Annual administration report of the Bombay Presidency - 1887-1892
Year: 1887
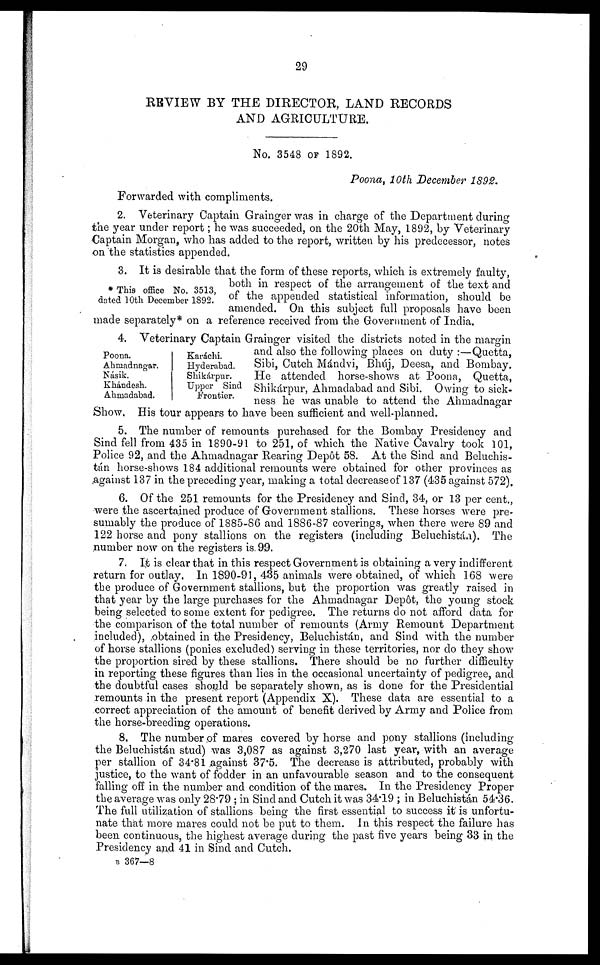
29
REVIEW BY THE DIRECTOR, LAND RECORDS
AND AGRICULTURE.
No. 3548 OF 1892.
Poona, 10th December 1892.
Forwarded with compliments.
2. Veterinary Captain Grainger was in charge of the Department during
the year under report; he was succeeded, on the 20th May, 1892, by Veterinary
Captain Morgan, who has added to the report, written by his predecessor, notes
on the statistics appended.
* This office No. 3513,
dated 10th December 1892.
3. It is desirable that the form of these reports, which is extremely faulty,
both in respect of the arrangement of the text and
of the appended statistical information, should be
amended. On this subject full proposals have been
made separately* on a reference received from the Government of India.
Poona.
Ahmadnagar.
Násik.
Khándesh.
Ahmadabad.
Karachi.
Hyderabad.
Shikárpur.
Upper Sind
Frontier.
4. Veterinary Captain Grainger visited the districts noted in the margin
and also the following places on duty:—Quetta,
Sibi, Cutch Mándvi, Bhúj, Deesa, and Bombay.
He attended horse-shows at Poona, Quetta,
Shikárpur, Ahmadabad and Sibi. Owing to sick-
ness he was unable to attend the Ahmadnagar
Show. His tour appears to have been sufficient and well-planned.
5. The number of remounts purchased for the Bombay Presidency and
Sind fell from 435 in 1890-91 to 251, of which the Native Cavalry took 101,
Police 92, and the Ahmadnagar Rearing Depôt 58. At the Sind and Beluchis-
tán horse-shows 184 additional remounts were obtained for other provinces as
against 137 in the preceding year, making a total decrease of 137 (435 against 572),
6. Of the 251 remounts for the Presidency and Sind, 34, or 13 per cent.,
were the ascertained produce of Government stallions. These horses were pre-
sumably the produce of 1885-86 and 1886-87 coverings, when there were 89 and
122 horse and pony stallions on the registers (including Beluchistán). The
number now on the registers is. 99.
7. It is clear that in this respect Government is obtaining a very indifferent
return for outlay. In 1890-91, 435 animals were obtained, of which 168 were
the produce of Government stallions, but the proportion was greatly raised in
that year by the large purchases for the Ahmadnagar Depôt, the young stock
being selected to some extent for pedigree. The returns do not afford data for
the comparison of the total number of remounts (Army Remount Department
included), obtained in the Presidency, Beluchistán, and Sind with the number
of horse stallions (ponies excluded) serving in these territories, nor do they show
the proportion sired by these stallions. There should be no further difficulty
in reporting these figures than lies in the occasional uncertainty of pedigree, and
the doubtful cases should be separately shown, as is done for the Presidential
remounts in the present report (Appendix X). These data are essential to a
correct appreciation of the amount of benefit derived by Army and Police from
the horse-breeding operations.
8. The number of mares covered by horse and pony stallions (including
the Beluchistán stud) was 3,087 as against 3,270 last year, with an average
per stallion of 34.81 against 37.5. The decrease is attributed, probably with
justice, to the want of fodder in an unfavourable season and to the consequent
falling off in the number and condition of the mares. In the Presidency Proper
the average was only 28.79; in Sind and Cutch it was 34.19; in Beluchistán 54.36.
The full utilization of stallions being the first essential to success it is unfortu-
nate that more mares could not be put to them. In this respect the failure has
been continuous, the highest average during the past five years being 33 in the
Presidency and 41 in Sind and Cutch.
B 367—8